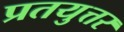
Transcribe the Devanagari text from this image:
प्रतयुत्तर